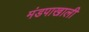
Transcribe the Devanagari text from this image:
मंडपाखाली